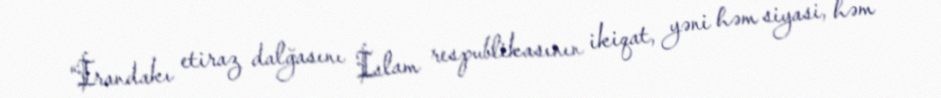
“İrandakı etiraz dalğasını İslam respublikasının ikiqat, yəni həm siyasi, həm